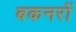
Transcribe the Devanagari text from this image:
बकनरों